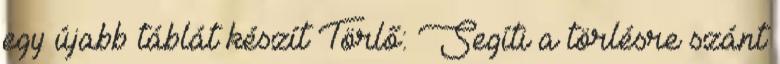
egy újabb táblát készít Törlő: Segíti a törlésre szánt